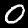
Label: 0